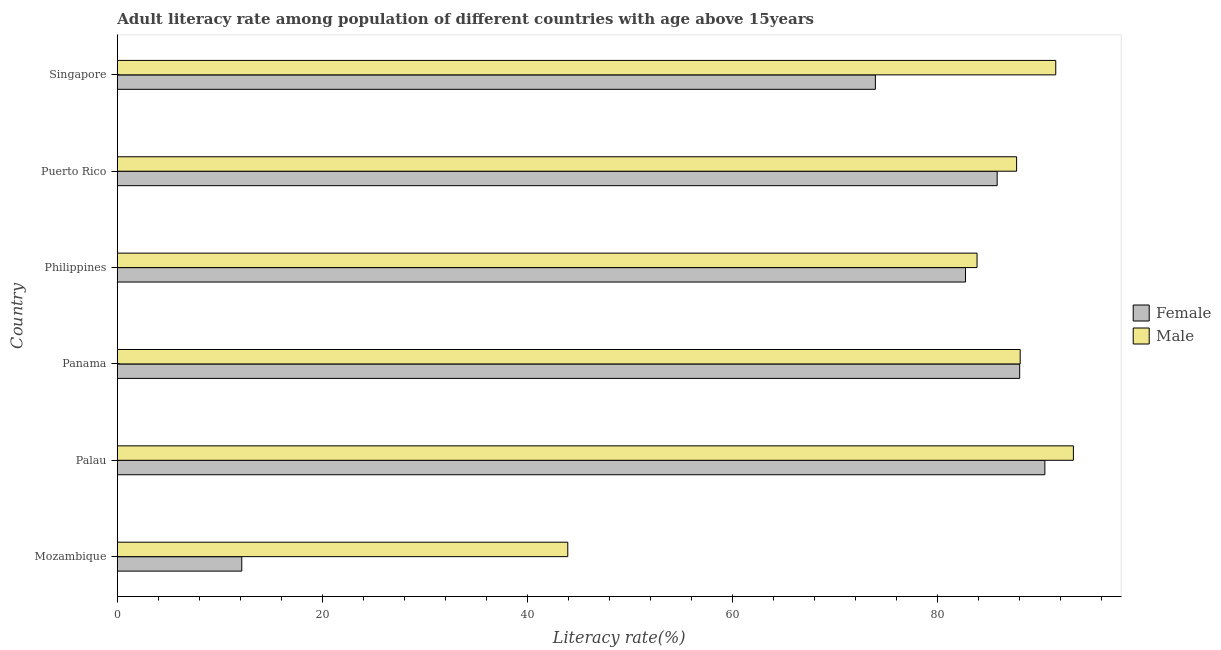
| Country | Female | Male |
 | --- | --- | --- |
 | Mozambique | 12.1 | 44 |
 | Palau | 90.5 | 93.3 |
 | Panama | 88 | 88.1 |
 | Philippines | 82.8 | 83.9 |
 | Puerto Rico | 85.9 | 87.7 |
 | Singapore | 74 | 91.6 |